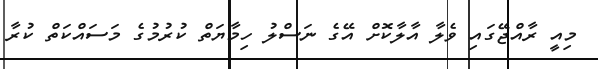
މިއީ ރާއްޖޭގައި ވެލާ އާލާކޮށް އޭގެ ނަސްލު ހިމާޔަތް ކުރުމުގެ މަސައްކަތް ކުރާ